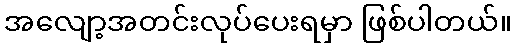
အလျော့အတင်းလုပ်ပေးရမှာ ဖြစ်ပါတယ်။